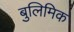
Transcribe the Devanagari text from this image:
बुलिमिक